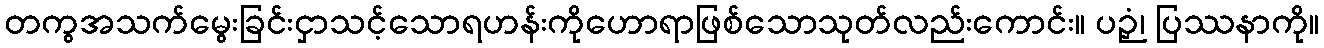
တကွအသက်မွေးခြင်းငှာသင့်သောရဟန်းကိုဟောရာဖြစ်သောသုတ်လည်းကောင်း။ ပဉှံ၊ ပြဿနာကို။